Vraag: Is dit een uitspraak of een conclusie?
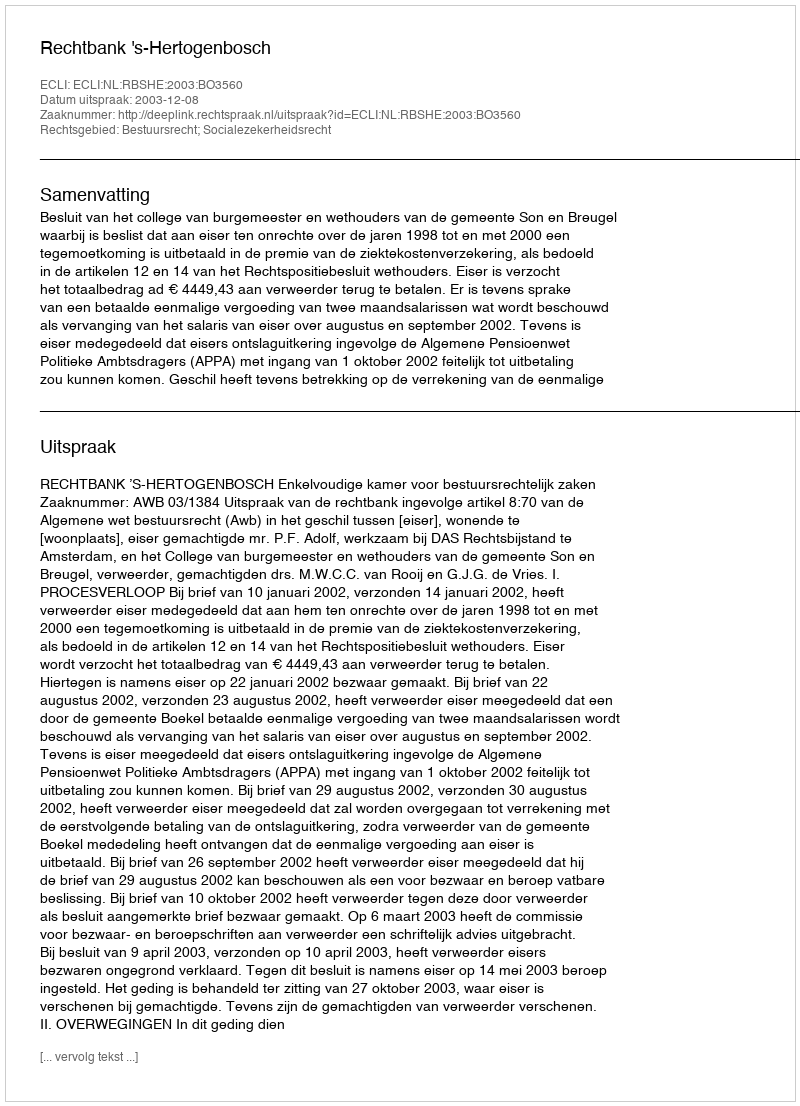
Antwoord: Uitspraak